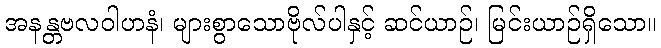
အနန္တဗလဝါဟနံ၊ များစွာသောဗိုလ်ပါနှင့် ဆင်ယာဉ်၊ မြင်းယာဉ်ရှိသော။